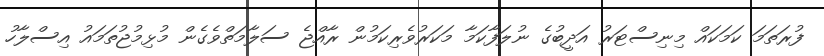
ފުރަތަމަ ކަމަކައް މިނިސްޓަރު އަދީބުގެ ނުލަފާކަމާ މަކަރުވެރިކަމުން ރާއްޖެ ސަލާމަތްވެގެން މުޅިމުޖުތަމައު އިސްލާހު